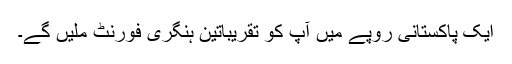
ایک پاکستانی روپے میں آپ کو تقریباًتین ہنگری فورنٹ ملیں گے۔